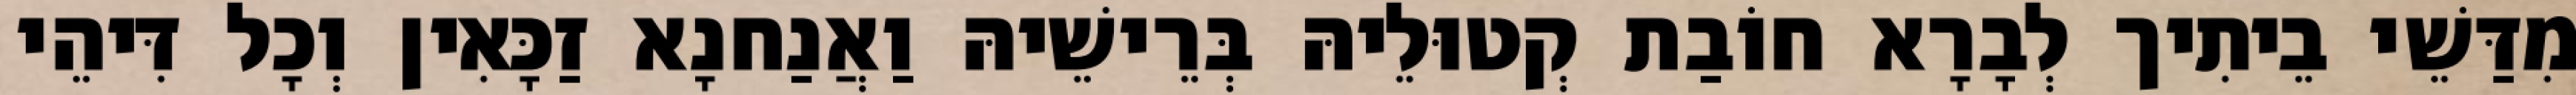
מִדַּשֵׁי בֵיתִיך לְבָרָא חוֹבַת קְטוּלֵיהּ בְּרֵישֵׁיהּ וַאֲנַחנָא זַכָּאִין וְכָל דִּיהֵי